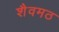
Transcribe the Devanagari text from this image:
शैवमठ